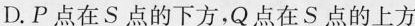
D.P点在S点的下方，Q点在S点的上方